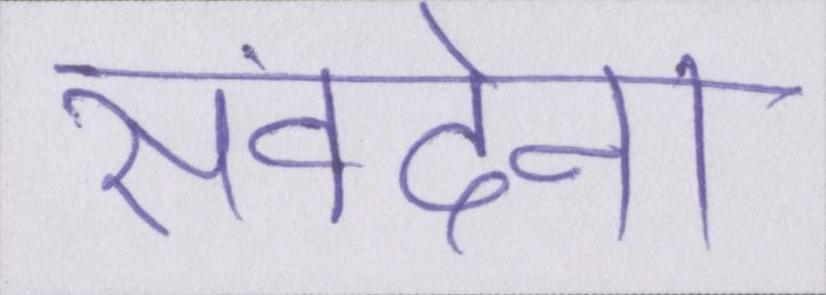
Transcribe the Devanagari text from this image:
संवदेना